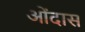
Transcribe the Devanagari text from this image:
ओंदास